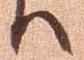
ハ